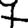
Digit: 7